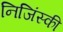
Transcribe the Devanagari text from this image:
निजिंस्की